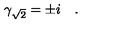
\gamma _ { \sqrt { 2 } } = \pm i \quad .